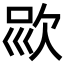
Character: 𣢱